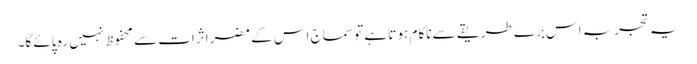
یہ تجربہ اس برے طریقے سے ناکام ہو تا ہے تو سماج اس کے مضر اثرات سے محفوظ نہیں رہ پائے گا۔